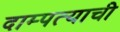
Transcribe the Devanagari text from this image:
दाम्पत्याची